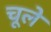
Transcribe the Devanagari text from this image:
चूले